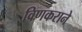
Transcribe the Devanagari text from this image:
विणकराने